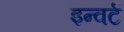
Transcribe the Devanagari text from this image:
इन्वर्ट